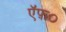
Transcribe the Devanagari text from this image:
ऍफ़०